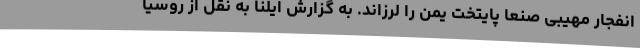
انفجار مهیبی صنعا پایتخت یمن را لرزاند. به گزارش ایلنا به نقل از روسیا